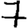
Digit: 7